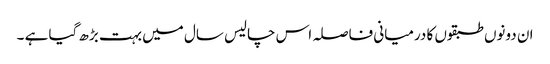
ان دونوں طبقوں کا درمیانی فاصلہ اس چالیس سال میں بہت بڑھ گیا ہے ۔